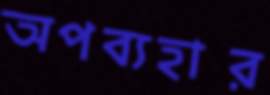
অপব্যহার